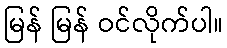
မြန် မြန် ဝင်လိုက်ပါ။